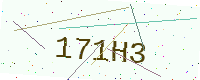
Text: 171H3